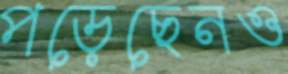
পড়েছেনও